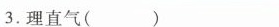
3.理直气( )